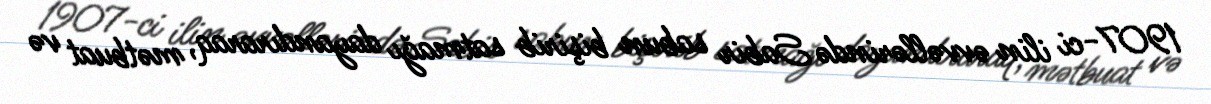
1907-ci ilin əvvəllərində Sabir sabun bişirib satmağı dayandıraraq, mətbuat və